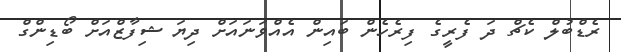
ރެޑްބުލް ކެޗް ދަ ފެރީގެ ފިރެހެން ބައިން އެއްވަނައަށް ދިޔަ ޝިފާޒްއަށް ބޯޑިންގް